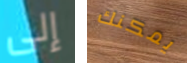
إلى يمكنك